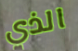
الذي